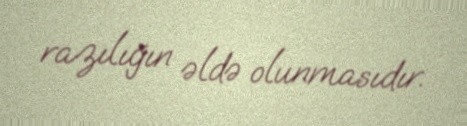
razılığın əldə olunmasıdır.